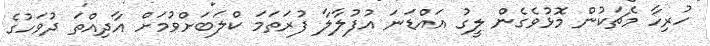
ހުރިހާ މެޗަކުން މޮޅުވެގެން ލީގު އައްޑަނަ އުފުލާލާ ފުރަތަމަ ކްލަބަށްވުމަށް އާދިއްތަ ދުވަހުގެ